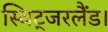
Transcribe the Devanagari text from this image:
स्विट्जरलैंड।